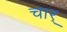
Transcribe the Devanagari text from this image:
चार्